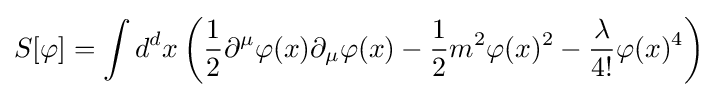
S[\varphi ]=\int d^{d}x\left({\frac {1}{2}}\partial ^{\mu }\varphi (x)\partial _{\mu }\varphi (x)-{\frac {1}{2}}m^{2}\varphi (x)^{2}-{\frac {\lambda }{4!}}\varphi (x)^{4}\right)